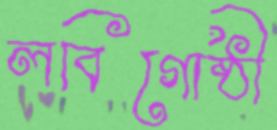
লবিগোষ্ঠী